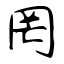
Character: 罔